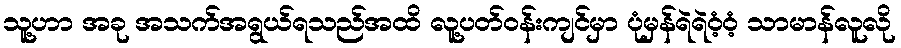
သူ့ဟာ အခု အသက်အရွယ်ရသည်အထိ လူ့ပတ်ဝန်းကျင်မှာ ပုံမှန်ရဲရဲဝံ့ဝံ့ သာမာန်လူလို